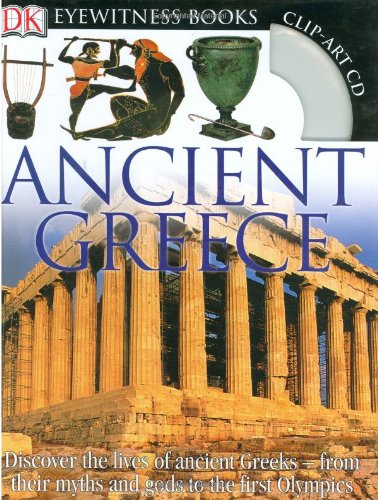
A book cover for Ancient Greece (DK Eyewitness Books); Anne Pearson; Children's Books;